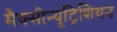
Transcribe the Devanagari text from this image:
मैक्सीन्यूट्रिशियन